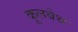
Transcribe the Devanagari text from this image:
कूलबेथ